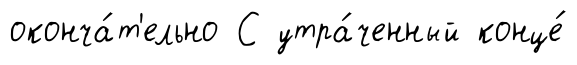
оконча́т'ельно С утра́ченный конце́